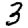
Digit: 3